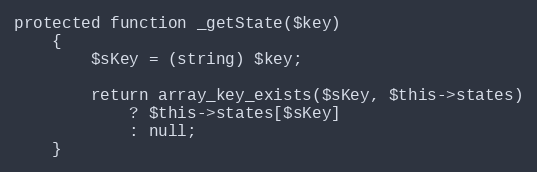
Language: PHP
protected function _getState($key)
    {
        $sKey = (string) $key;

        return array_key_exists($sKey, $this->states)
            ? $this->states[$sKey]
            : null;
    }